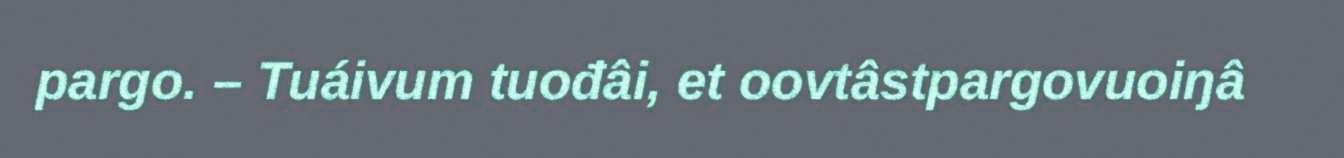
pargo. – Tuáivum tuođâi, et oovtâstpargovuoiŋâ